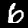
Digit: 6